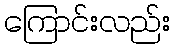
ကြောင်းလည်း